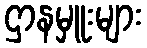
ဌာနမှူးများ